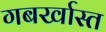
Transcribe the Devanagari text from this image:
गबर्खास्‍त